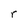
Character: r